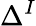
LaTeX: \Delta^{I}